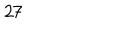
LaTeX: 2 7